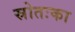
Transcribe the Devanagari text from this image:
स्रोतःका